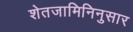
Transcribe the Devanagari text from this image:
शेतजामिनिनुसार